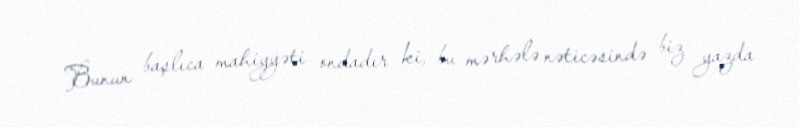
Bunun başlıca mahiyyəti ondadır ki, bu mərhələ nəticəsində biz yazda